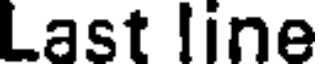
Last line